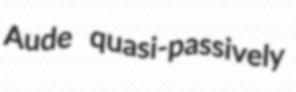
Aude quasi-passively